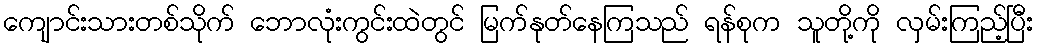
ကျောင်းသားတစ်သိုက် ဘောလုံးကွင်းထဲတွင် မြက်နုတ်နေကြသည် ရန်စုက သူတို့ကို လှမ်းကြည့်ပြီး